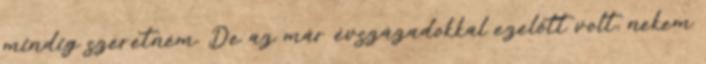
mindig szeretném. De az már évszázadokkal ezelőtt volt, nekem